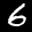
Label: 6